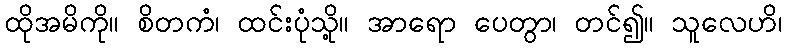
ထိုအမိကို။ စိတကံ၊ ထင်းပုံသို့။ အာရော ပေတွာ၊ တင်၍။ သူလေဟိ၊